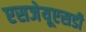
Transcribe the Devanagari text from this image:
एसजेयूएसडी